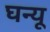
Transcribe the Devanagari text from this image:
घन्यू